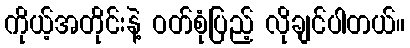
ကိုယ့်အတိုင်းနဲ့ ဝတ်စုံပြည့် လိုချင်ပါတယ်။